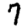
Digit: 7